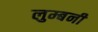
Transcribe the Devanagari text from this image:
लुम्बनी